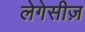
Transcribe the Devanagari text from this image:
लेगेसीज़